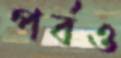
পর্বও